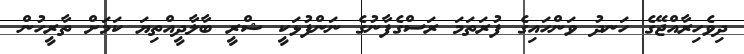
ދިވެހިރާއްޖޭގެ ހަނދު ވަންހައިގެ ފުރަތަމަ ރަސްގެފާނުގެ ނަންފުޅަކީ ޝްރީ ބާލާދީއްތިޔަ ކަމަށް ތާރީހުން